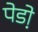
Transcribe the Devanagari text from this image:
पेडो़